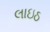
લાઇઠ